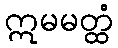
ဣမမတ္ထံ